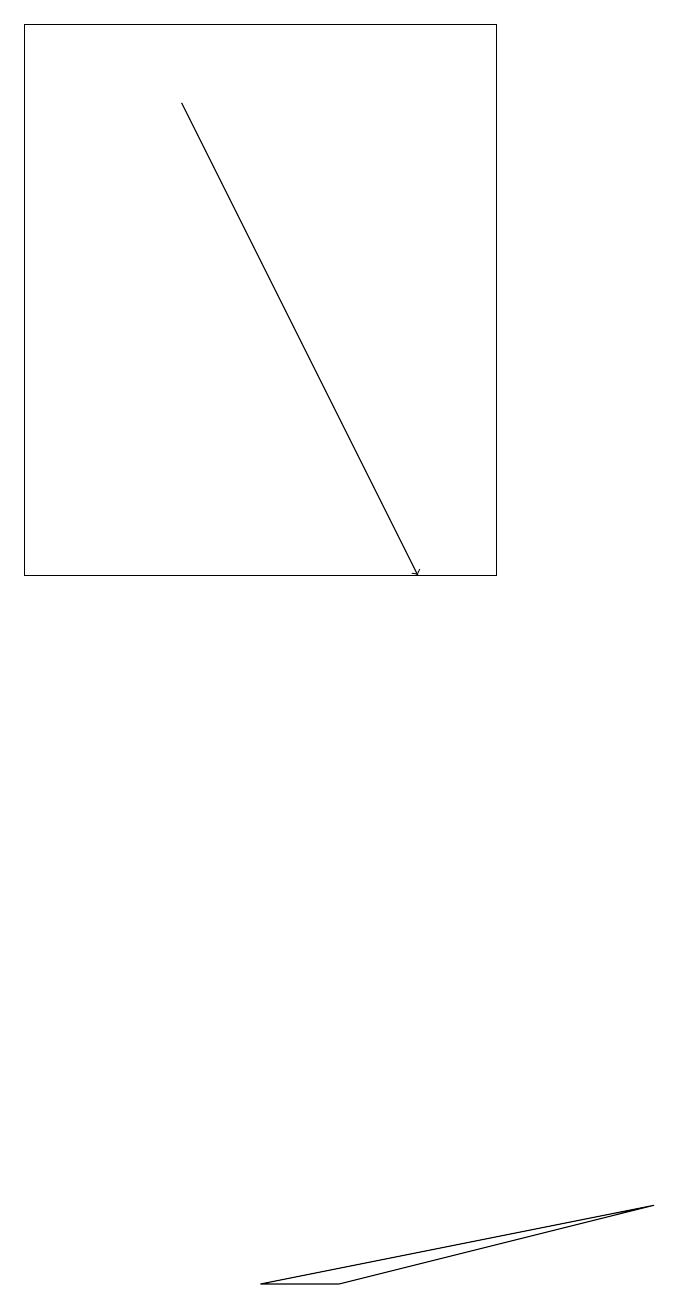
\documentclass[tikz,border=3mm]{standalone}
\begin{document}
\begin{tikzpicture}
\draw (1,18) rectangle (7,11);
\draw (5,2) -- (9,3) -- (4,2) -- cycle;
\draw[->] (3,17) -- (6,11);
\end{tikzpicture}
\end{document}